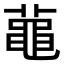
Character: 𪓔